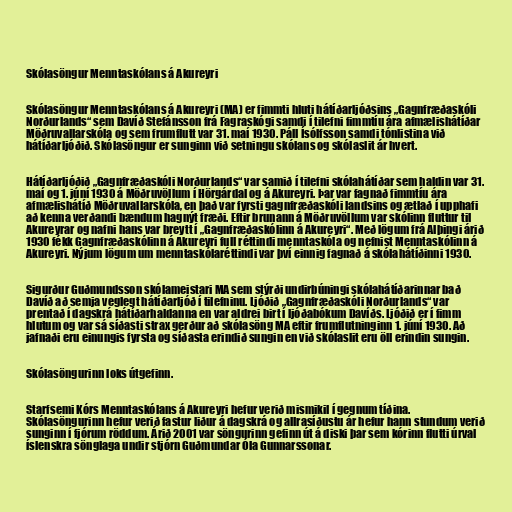
Skólasöngur Menntaskólans á Akureyri

Skólasöngur Menntaskólans á Akureyri (MA) er fimmti hluti hátíðarljóðsins „Gagnfræðaskóli
Norðurlands“ sem Davíð Stefánsson frá Fagraskógi samdi í tilefni fimmtíu ára afmælishátíðar
Möðruvallarskóla og sem frumflutt var 31. maí 1930. Páll Ísólfsson samdi tónlistina við
hátíðarljóðið. Skólasöngur er sunginn við setningu skólans og skólaslit ár hvert.

Hátíðarljóðið „Gagnfræðaskóli Norðurlands“ var samið í tilefni skólahátíðar sem haldin var 31.
maí og 1. júní 1930 á Möðruvöllum í Hörgárdal og á Akureyri. Þar var fagnað fimmtíu ára
afmælishátíð Möðruvallarskóla, en það var fyrsti gagnfræðaskóli landsins og ætlað í upphafi
að kenna verðandi bændum hagnýt fræði. Eftir brunann á Möðruvöllum var skólinn fluttur til
Akureyrar og nafni hans var breytt í „Gagnfræðaskólinn á Akureyri“. Með lögum frá Alþingi árið
1930 fékk Gagnfræðaskólinn á Akureyri full réttindi menntaskóla og nefnist Menntaskólinn á
Akureyri. Nýjum lögum um menntaskólaréttindi var því einnig fagnað á skólahátíðinni 1930.

Sigurður Guðmundsson skólameistari MA sem stýrði undirbúningi skólahátíðarinnar bað
Davíð að semja veglegt hátíðarljóð í tilefninu. Ljóðið „Gagnfræðaskóli Norðurlands“ var
prentað í dagskrá hátíðarhaldanna en var aldrei birt í ljóðabókum Davíðs. Ljóðið er í fimm
hlutum og var sá síðasti strax gerður að skólasöng MA eftir frumflutninginn 1. júní 1930. Að
jafnaði eru einungis fyrsta og síðasta erindið sungin en við skólaslit eru öll erindin sungin.

Skólasöngurinn loks útgefinn.

Starfsemi Kórs Menntaskólans á Akureyri hefur verið mismikil í gegnum tíðina.
Skólasöngurinn hefur verið fastur liður á dagskrá og allrasíðustu ár hefur hann stundum verið
sunginn í fjórum röddum. Árið 2001 var söngurinn gefinn út á diski þar sem kórinn flutti úrval
íslenskra sönglaga undir stjórn Guðmundar Óla Gunnarssonar.